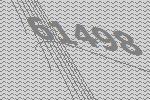
61498